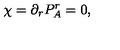
\chi = \partial _ { r } P _ { A } ^ { r } = 0 ,